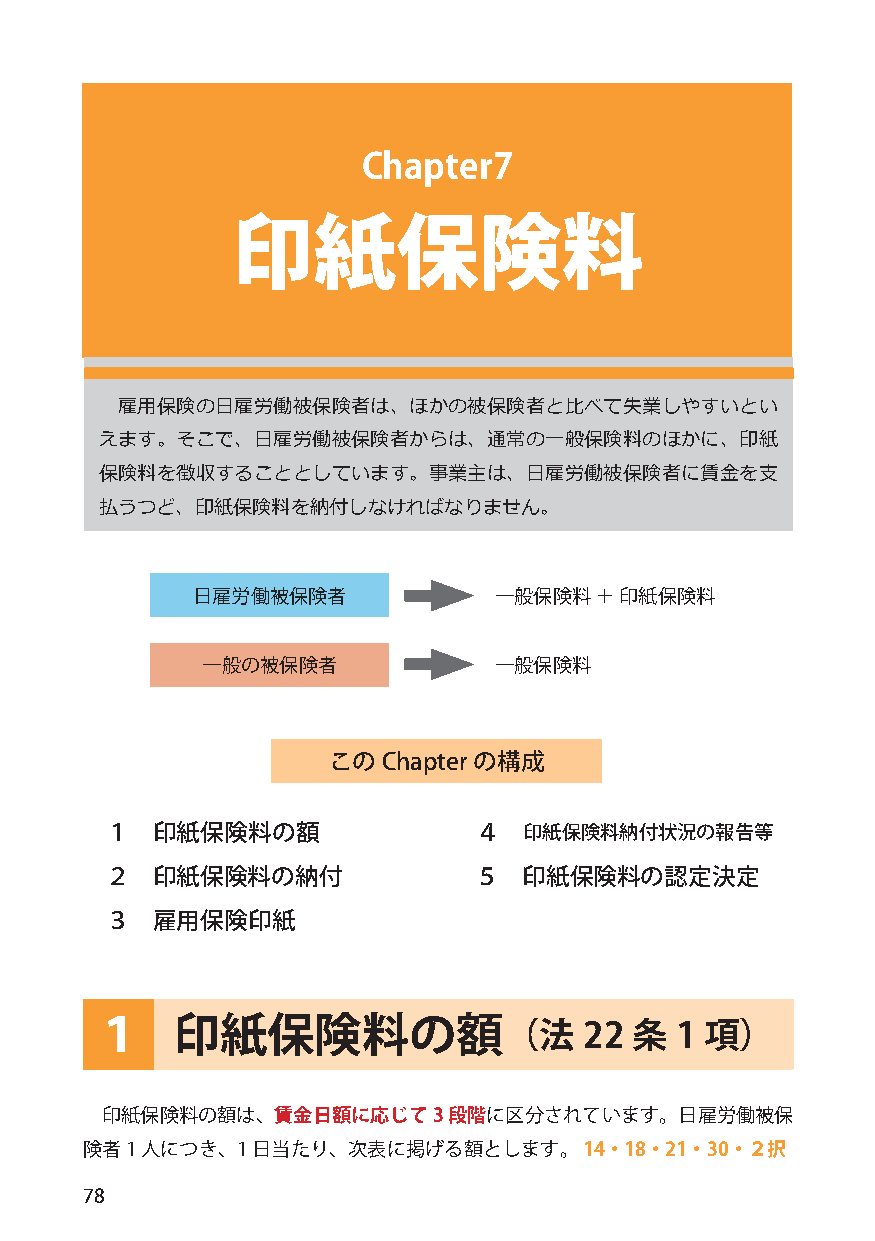
Chapter7
 印紙保険料
 雇用保険の日雇労働被保険者は、ほかの被保険者と比べて失業しやすいとい
 えます。そこで、日雇労働被保険者からは、通常の一般保険料のほかに、印紙
 保険料を徴収することとしています。事業主は、日雇労働被保険者に賃金を支
 払うつど、印紙保険料を納付しなければなりません。
 日雇労働被保険者            一般保険料 ＋ 印紙保険料
 一般の被保険者             一般保険料
 このChapter の構成
 １  印紙保険料の額              ４   印紙保険料納付状況の報告等
 ２  印紙保険料の納付             ５   印紙保険料の認定決定
 ３  雇用保険印紙
 １    印紙保険料の額（法                   22 条  1 項）
 印紙保険料の額は、賃金日額に応じて3     段階に区分されています。日雇労働被保
 険者1 人につき、1  日当たり、次表に掲げる額とします。     14・18・21・30・２択
 78